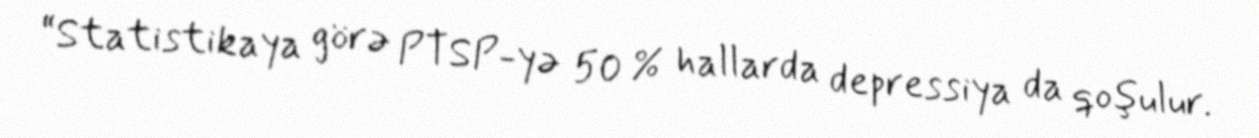
“Statistikaya görə PTSP-yə 50 % hallarda depressiya da qoşulur.